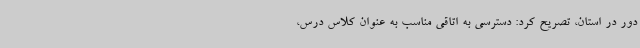
دور در استان، تصریح کرد: دسترسی به اتاقی مناسب به عنوان کلاس درس،